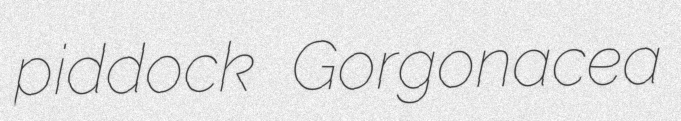
piddock Gorgonacea